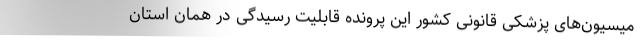
میسیون‌های پزشکی قانونی کشور این پرونده قابلیت رسیدگی در همان استان